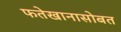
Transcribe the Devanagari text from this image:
फतेखानासोबत